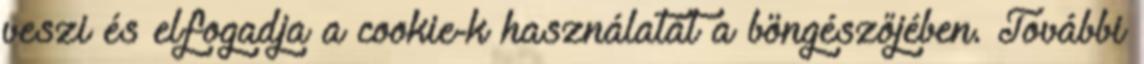
veszi és elfogadja a cookie-k használatát a böngészőjében. További